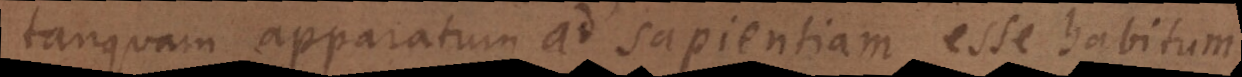
(tanquam apparatum ad sapientiam) esse habitum